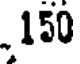
150